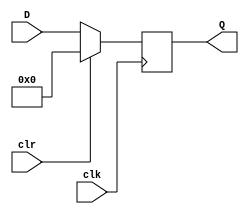
`timescale 1ns / 1ps
// Implementation of a simple D-flip flop
module DFF(
    input [31:0] D,
    input clk,
	 input clr,
    output reg [31:0] Q
    );

always @(posedge clk)
	begin
	if(clr) Q=0;
	else	Q=D;
	end
	

endmodule